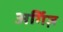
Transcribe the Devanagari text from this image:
अर्गिज़